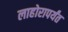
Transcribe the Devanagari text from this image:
लाहोरापर्यंत